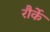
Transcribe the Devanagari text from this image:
रौर्के